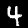
Label: 4